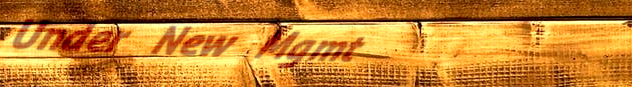
Under New Mgmt